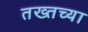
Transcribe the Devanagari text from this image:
तख्तच्या